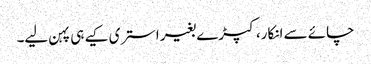
چائے سے انکار، کپڑے بغیر استری کیے ہی پہن لیے۔